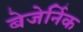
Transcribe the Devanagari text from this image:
बेजेर्निक